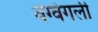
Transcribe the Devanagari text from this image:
वेग्वेगली